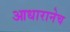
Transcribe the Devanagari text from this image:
आधारानेच